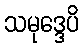
သမုဒ္ဒေပိ